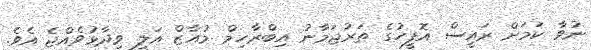
ނުވާ ކަމަށް ރައީސް އޮފީހުގެ ތަރުޖަމާނު އިބްރާހިމް މުއާޒް އަލީ ވިދާޅުވެއްޖެ އެވެ.